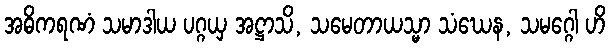
အဓိကရဏံ သမာဒါယ ပဂ္ဂယှ အဋ္ဌာသိ, သမေတာယသ္မာ သံဃေန, သမဂ္ဂေါ ဟိ